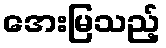
အေးမြသည့်